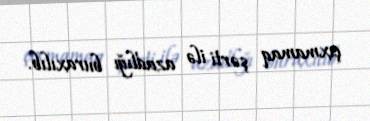
çıxmamaq şərti ilə azadlığı buraxılıb.